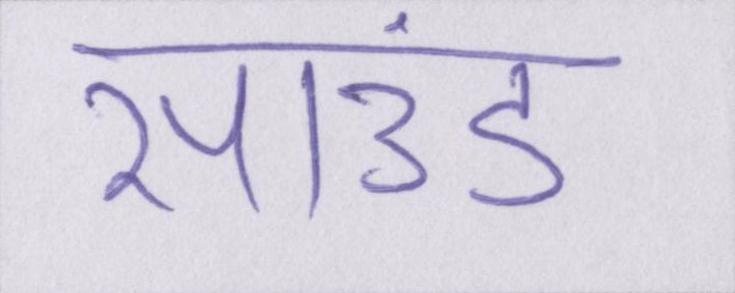
साउंड